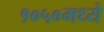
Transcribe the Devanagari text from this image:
१०५०मध्ये